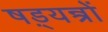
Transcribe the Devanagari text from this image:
षड़्यन्त्रों